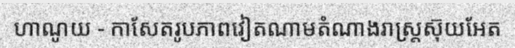
ហាណូយ - កាសែតរូបភាពវៀតណាមតំណាងរាស្ត្រស៊ុយអែត